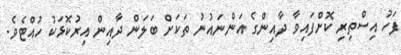
ފަހު އިސްތިރި ކޮށްފައިވާ ދާއިންގެ އަންނައުނު ތަކަށް ބަލަން ދާއިން އިރުކޮޅަކު ހުއްޓެވެ.